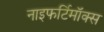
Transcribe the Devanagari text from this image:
नाइफर्टिमॉक्स